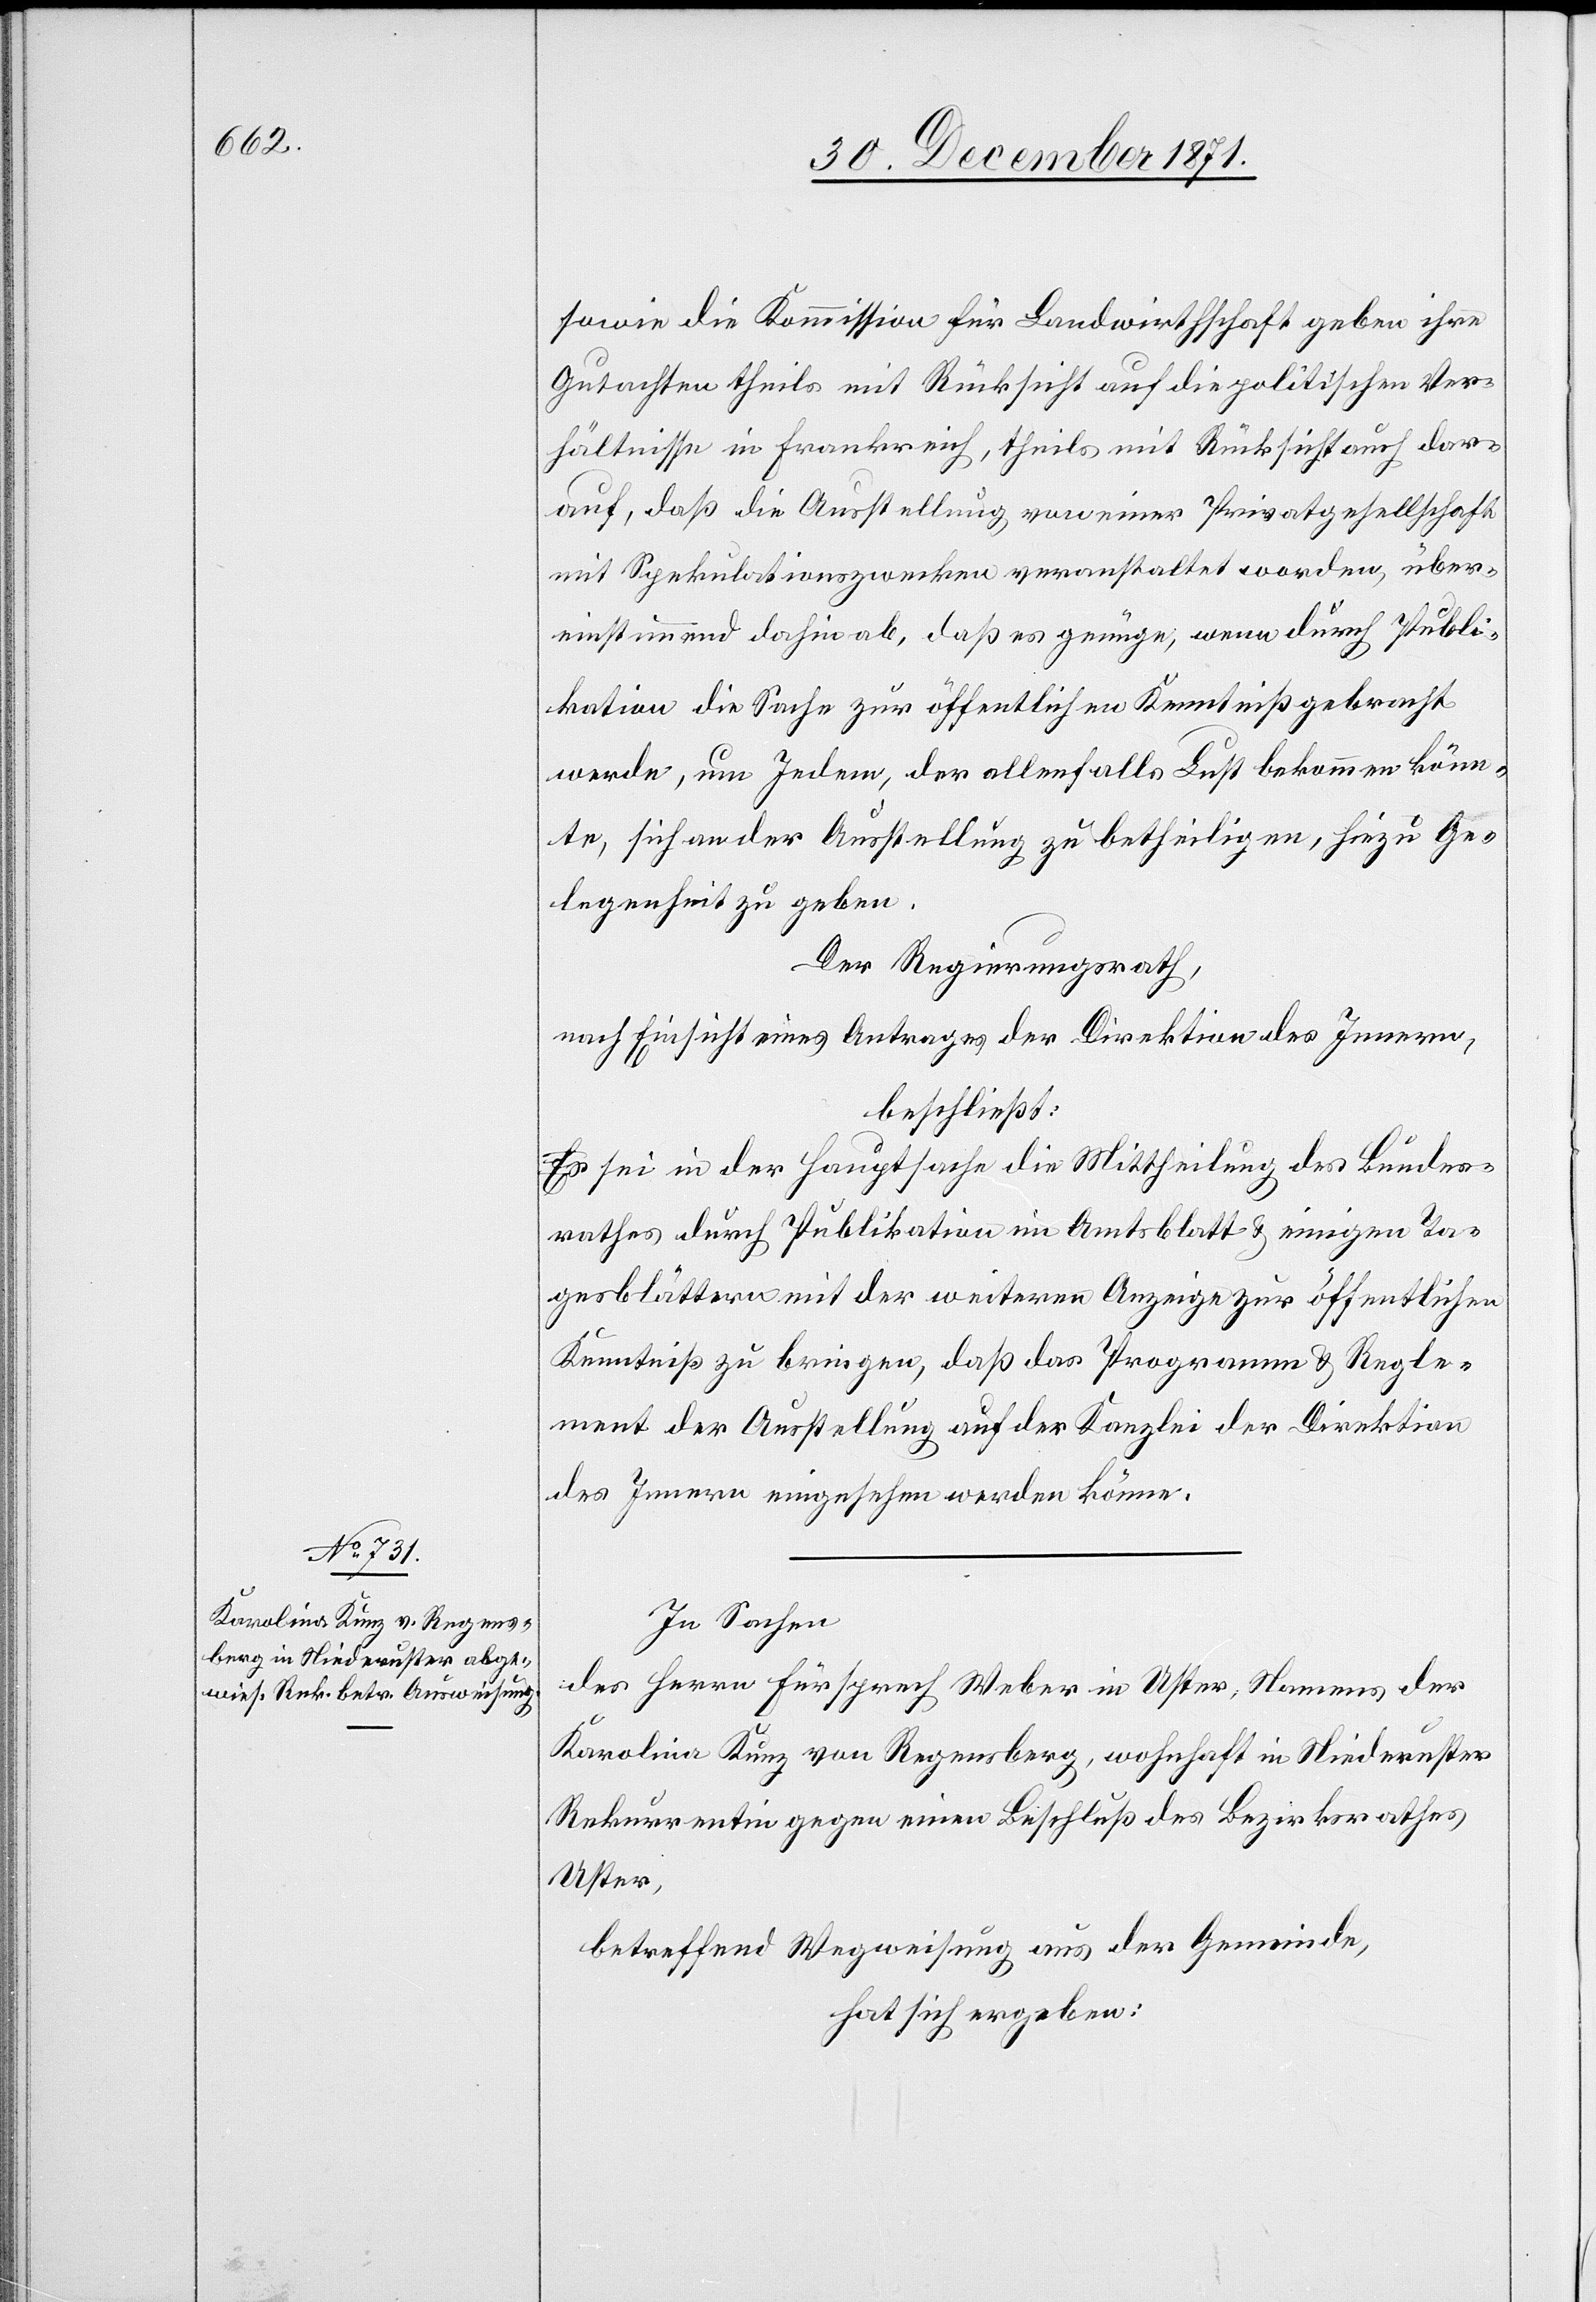
sowie die Kommission für Landwirthschaft geben ihre
Gutachten theils mit Rücksicht auf die politischen Ver¬
hältnisse in Frankreich, theils mit Rücksicht auch dar¬
auf, daß die Ausstellung von einer Privatgesellschaft
mit Spekulationszwecken veranstaltet worden, über¬
einstimmend dahin ab, daß es genüge, wenn durch Publi¬
kation die Sache zur öffentlichen Kenntniß gebracht
werde, um Jedem, der allenfalls Lust bekommen könn¬
te, sich an der Ausstellung zu betheiligen, hiezu Ge¬
legenheit zu geben.
Der Regierungsrath,
nach Einsicht eines Antrages der Direktion des Innern,
beschließt:
Es sei in der Hauptsache die Mittheilung des Bundes¬
rathes durch Publikation im Amtsblatt & einigen Ta¬
gesblättern mit der weiteren Anzeige zur öffentlichen
Kenntniß zu bringen, daß das Programm & Regle¬
ment der Ausstellung auf der Kanzlei der Direktion
des Innern eingesehen werden könne.
In Sachen
des Herrn Fürsprech Weber in Uster, Namens der
Karolina Kunz von Regensberg, wohnhaft in Niederuster
Rekurrentin gegen einen Beschluß des Bezirksrathes
Uster,
betreffend Wegweisung aus der Gemeinde,
hat sich ergeben: